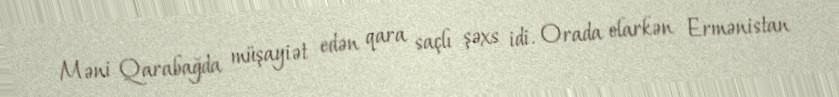
Məni Qarabağda müşayiət edən qara saçlı şəxs idi. Orada olarkən Ermənistan